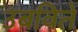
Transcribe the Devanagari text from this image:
उबविते